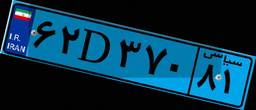
۰۳D۲۲۳۹۰